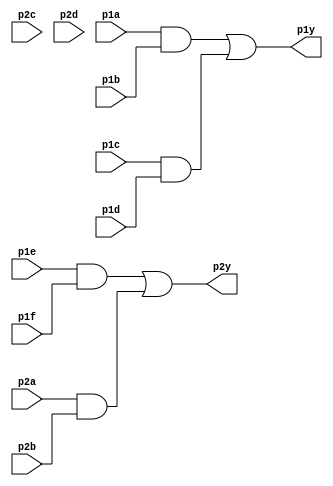
module top_module (
    input p1a, p1b, p1c, p1d, p1e, p1f,
    output p1y,
    input p2a, p2b, p2c, p2d,
    output p2y );

// Intermediate wires for AND gates outputs
wire and1_out, and2_out, and3_out, and4_out;

// AND gates
assign and1_out = p1a & p1b;
assign and2_out = p1c & p1d;
assign and3_out = p1e & p1f;
assign and4_out = p2a & p2b;

// OR gates that combine AND gate outputs
assign p1y = and1_out | and2_out;
assign p2y = and3_out | and4_out;

endmodule